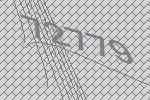
72779